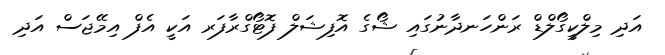
އަދި މިލްކީގޯލްޑް ރަންހަނދާނުގައި ޝޯގެ އޮފިޝަލް ފޮޓޯގްރާފަރ އަކީ އެފް އިމޭޖަސް އަދި